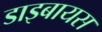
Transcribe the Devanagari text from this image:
डाइबायस